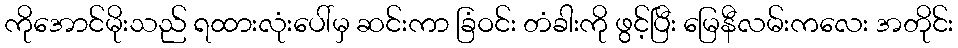
ကိုအောင်မိုးသည် ရထားလုံးပေါ်မှ ဆင်းကာ ခြံဝင်း တံခါးကို ဖွင့်ပြီး မြေနီလမ်းကလေး အတိုင်း